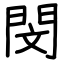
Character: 閔